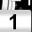
Digit: 1